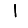
Digit: 1